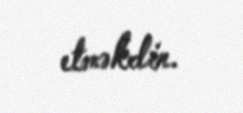
etməkdir.